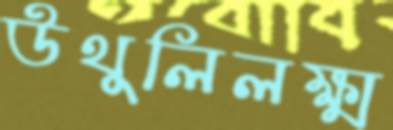
উথুলিলক্ষ্ম